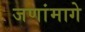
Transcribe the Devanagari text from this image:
जणांमागे